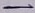
Text: -